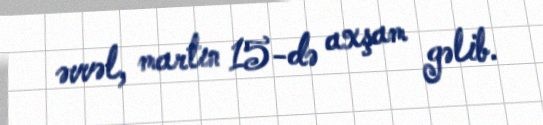
əvvəl, martın 15-də axşam gəlib.